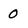
Character: 0